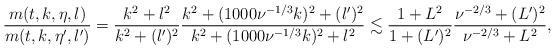
LaTeX: \begin{align*}\frac{m(t,k,\eta,l)}{m(t,k,\eta',l')} = \frac{k^2 + l^2}{k^2 + (l')^2} \frac{k^2 + (1000 \nu^{-1/3} k)^2 + (l')^2}{k^2 + (1000 \nu^{-1/3} k)^2 + l^2} \lesssim \frac{1 + L^2}{1+ (L')^2} \frac{\nu^{-2/3} + (L')^2}{\nu^{-2/3} + L^2},\end{align*}